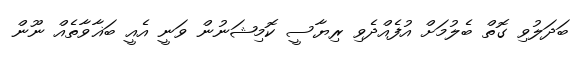
ބަދަލުވި ގޮތް ބެލުމަށް އުފެއްދެވި ރިޔާސީ ކޮމިޝަނުން ވަނީ އެއީ ބަޣާވާތެއް ނޫން